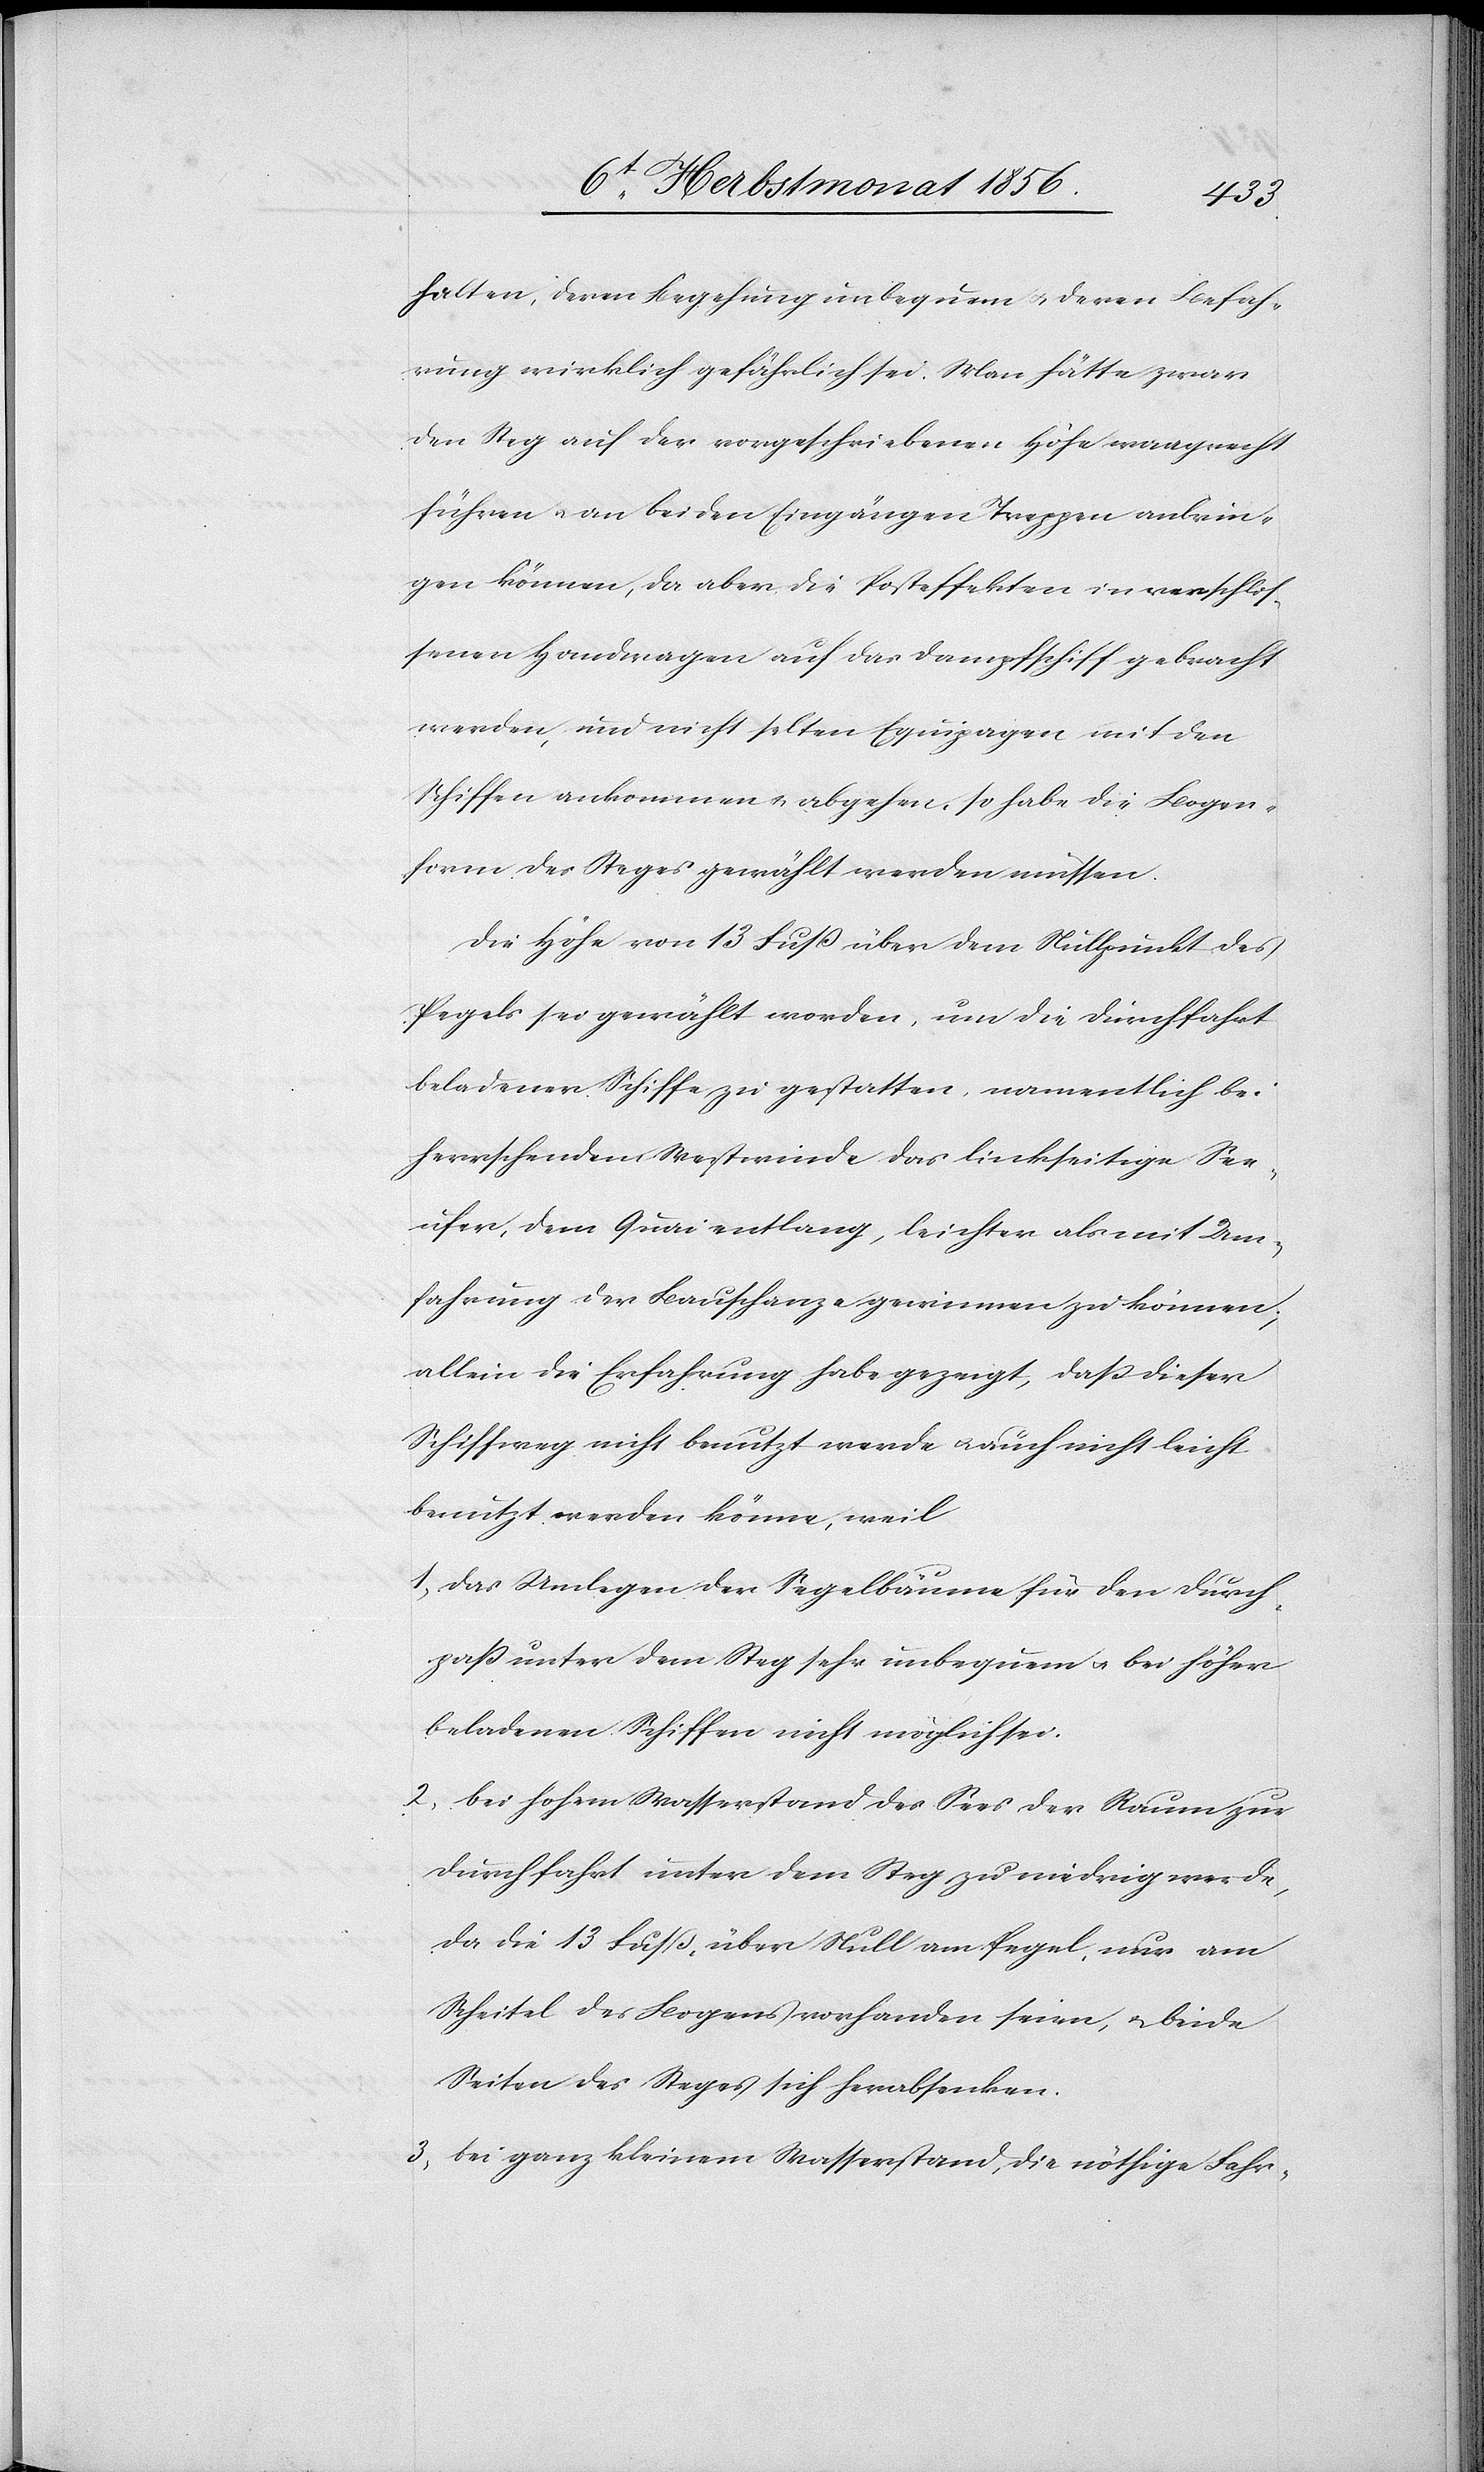
halten, deren Begehung unbequem u. deren Befah¬
rung wirklich gefährlich sei. Man hätte zwar
den Steg auf der vorgeschriebenen Höhe waagrecht
führen u. an beiden Eingängen Treppen anbrin¬
gen können, da aber die Posteffekten in verschlis¬
senen Handwagen auf das Dampfschiff gebracht
werden, und nicht selten Equipagen mit den
Schiffen ankommen u. abgehen, so habe die Bogen¬
form des Steges gewählt werden müssen.
Die Höhe von 13 Fuss über dem Nullpunkt des
Pegels sei gewählt worden, um die Durchfahrt
beladener Schiffe zu gestatten, namentlich bei
herrschendem Westwinde das linkseitige See¬
ufer, dem Quai entlang, leichter als mit Um¬
fahrung der Bauschanze gewinnen zu können;
allein die Erfahrung habe gezeigt, dass dieser
Schiffweg nicht benutzt werde u. auch nicht leicht
benutzt werden könne, weil
1) das Umlegen der Segelbäume für den Durch¬
pass unter dem Steg sehr unbequem u. bei höher
beladenen Schiffen nicht möglich sei.
2) bei hohem Wasserstand des Sees der Raum zur
Durchfahrt unter dem Steg zu niedrig werde,
da die 13 Fuß, über Null am Pegel, nur am
Scheitel des Bogens vorhanden seien, u. beide
Seiten des Steges sich herabsenken.
3) bei ganz kleinem Wasserstand, die nöthige Fahr-